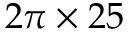
2 \pi \times 2 5